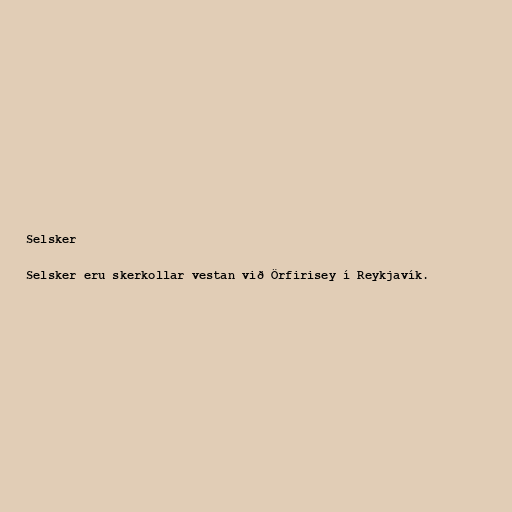
Selsker

Selsker eru skerkollar vestan við Örfirisey í Reykjavík.